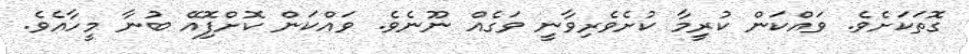
ގޮތަކަށެވެ. ވައްކަން ކުރިީމާ ކުށެވެރިވާނީ ވަގެއް ނޫނެވެ. ވައްކަން ކޮށްފިޮއޭ ބުނާ މީހާއެވެ.